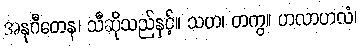
အနုဂီတေန၊ သီဆိုသည်နှင့်။ သဟ၊ တကွ။ ဟလာဟလံ၊